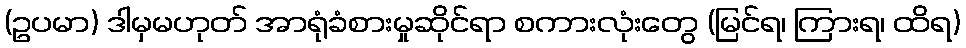
(ဥပမာ) ဒါမှမဟုတ် အာရုံခံစားမှုဆိုင်ရာ စကားလုံးတွေ (မြင်ရ၊ ကြားရ၊ ထိရ)